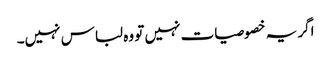
اگر یہ خصوصیات نہیں تو وہ لباس نہیں۔